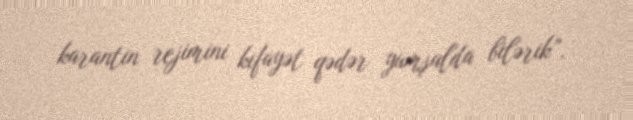
karantin rejimini kifayət qədər yumşalda bilərik”.